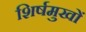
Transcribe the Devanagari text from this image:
शिर्षमुखों